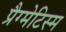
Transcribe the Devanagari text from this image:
प्रैग्मेटिस्म